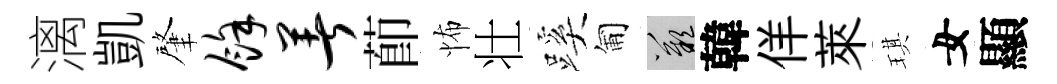
漓凱肇余著莭怖壮蹊匍嘆韓佯萊琪女顯